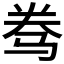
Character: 𱅑